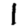
Digit: 1